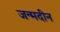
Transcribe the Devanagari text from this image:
जन्मदीन